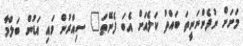
މަށަށް ނުފެންނަނީތަ ބައްތު ކަލެއަށް އެބަ ފެނޭތަ" ސިއްރުން ވައި އަޑުން ބަލްމާ